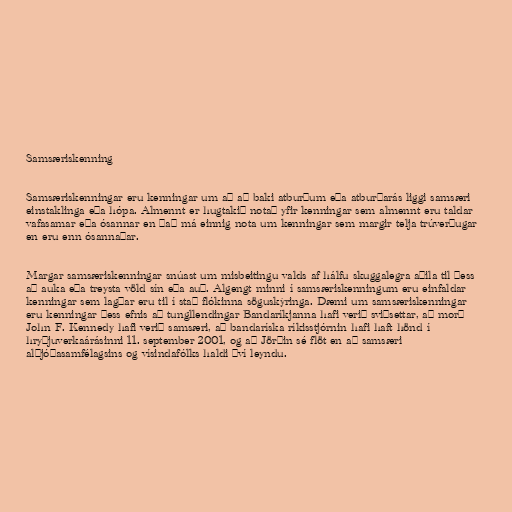
Samsæriskenning

Samsæriskenningar eru kenningar um að að baki atburðum eða atburðarás liggi samsæri
einstaklinga eða hópa. Almennt er hugtakið notað yfir kenningar sem almennt eru taldar
vafasamar eða ósannar en það má einnig nota um kenningar sem margir telja trúverðugar
en eru enn ósannaðar.

Margar samsæriskenningar snúast um misbeitingu valds af hálfu skuggalegra aðila til þess
að auka eða treysta völd sín eða auð. Algengt minni í samsæriskenningum eru einfaldar
kenningar sem lagðar eru til í stað flókinna söguskýringa. Dæmi um samsæriskenningar
eru kenningar þess efnis að tungllendingar Bandaríkjanna hafi verið sviðsettar, að morð
John F. Kennedy hafi verið samsæri, að bandaríska ríkisstjórnin hafi haft hönd í
hryðjuverkaárásinni 11. september 2001, og að Jörðin sé flöt en að samsæri
alþjóðasamfélagsins og vísindafólks haldi því leyndu.